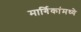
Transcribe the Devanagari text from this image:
मार्गिकांमध्ये